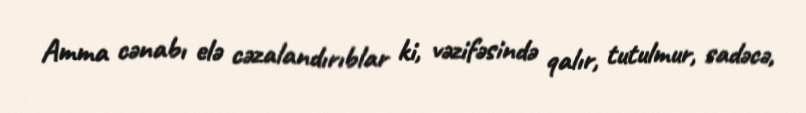
Amma cənabı elə cəzalandırıblar ki, vəzifəsində qalır, tutulmur, sadəcə,